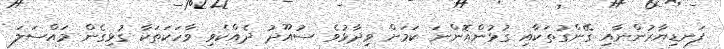
ފަނޑިޔާރުންނާއި ގޭންގުތަކާއި ގުޅުންއޮންނަ ކަމަށް ވިދާޅުވެ ސުއޫދު ދެއްކެވި ވާހަކަތަކާ ގުޅިގެން މައްސަލަ